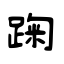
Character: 踘